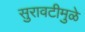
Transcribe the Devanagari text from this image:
सुरावटीमुळे